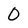
Character: 0